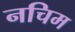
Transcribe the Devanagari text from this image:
नचिम